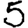
Digit: 5